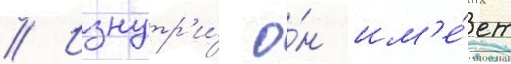
// Изнутр'и́ о́н им'е́ет